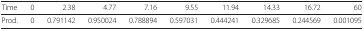
<table><thead><tr><td colspan="10"><b> </b></td></tr></thead><tbody><tr><td>Time</td><td>0</td><td>2.38</td><td>4.77</td><td>7.16</td><td>9.55</td><td>11.94</td><td>14.33</td><td>16.72</td><td>60</td></tr><tr><td>Prod.</td><td>0</td><td>0.791142</td><td>0.950024</td><td>0.788894</td><td>0.597031</td><td>0.444241</td><td>0.329685</td><td>0.244569</td><td>0.001095</td></tr></tbody></table>